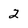
Character: 2